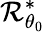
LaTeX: {\mathcal R}_{\theta_{0}}^{*}